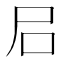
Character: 𡰪